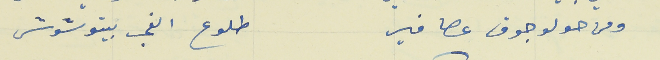
ومن حولو جوق عصافير                                     طلوع الفجر بيتوشوش